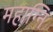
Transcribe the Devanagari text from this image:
महाग्नि